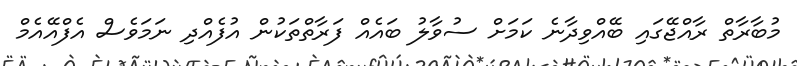
މުބާރާތް ރާއްޖޭގައި ބޭއްވިދާނެ ކަމަށް ސުވާލު ބައެއް ފަރާތްތަކުން އުފެއްދި ނަމަވެސް އެފްއޭއެމް